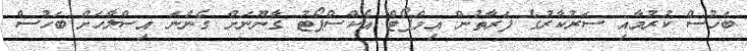
ބަހުސް ކުރުމާއި ސަރުކާރުގެ ފަރާތުން އިމްޕޯޓް އެކްސްޕޯޓު ގާނޫނަށް ގެންނަ އިސްލާހަށް ބަހުސް